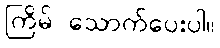
ကြိမ် သောက်ပေးပါ။